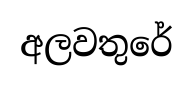
අලවතුරේ